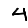
Digit: 4